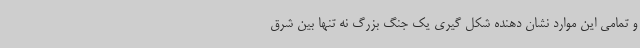
و تمامی این موارد نشان دهنده شکل گیری یک جنگ بزرگ نه تنها بین شرق